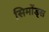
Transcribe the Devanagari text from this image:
सिमोंड्स